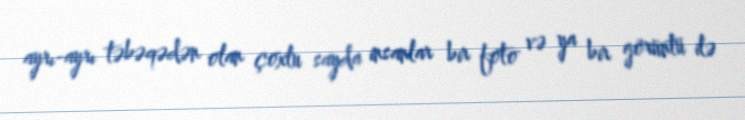
ayrı-ayrı təbəqədən olan çoxlu sayda insanlar bir foto və ya bir görüntü ilə